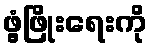
ဖွံ့ဖြိုးရေးကို